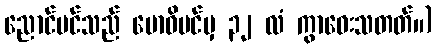
ညောင်ပင်သည် ဗောဓိပင်မှ ၃၂ လံ ကွာဝေးသတတ်။)